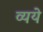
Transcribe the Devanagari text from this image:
व्यये